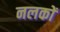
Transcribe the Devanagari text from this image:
नलकों